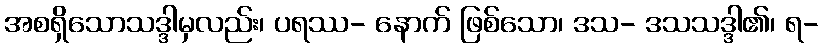
အစရှိသောသဒ္ဒါမှလည်း၊ ပရဿ- နောက် ဖြစ်သော၊ ဒသ- ဒသသဒ္ဒါ၏၊ ရ-